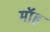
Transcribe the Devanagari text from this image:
मॉह